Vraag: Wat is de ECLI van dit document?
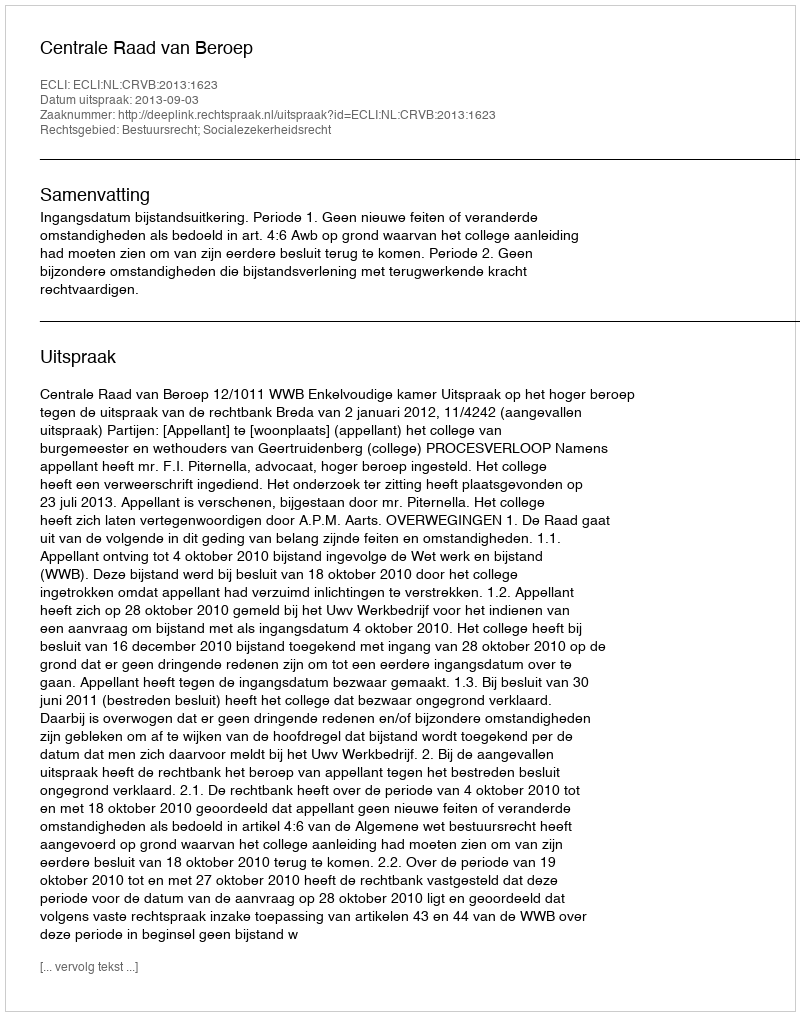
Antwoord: ECLI:NL:CRVB:2013:1623